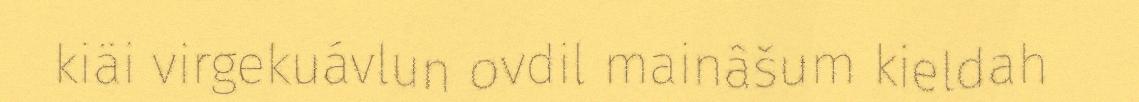
kiäi virgekuávlun ovdil mainâšum kieldah